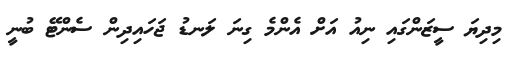
މިދިޔަ ސީޒަންގައި ނިއު އަށް އެންމެ ގިނަ ލަނޑު ޖަހައިދިން ސެންޓޭ ބުނީ